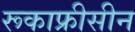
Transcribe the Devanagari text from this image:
रूकाफ्रीसीन